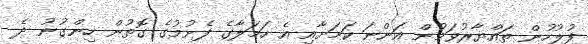
ފުލުހުން ތައްޔާރުވަމުން އަންނަ ކަމަށާއި އެ ހަމަލާގެ ފެށުމުގެ ގޮތުން ހިންގުނު ދެ